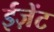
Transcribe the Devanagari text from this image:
ईज़ेंट